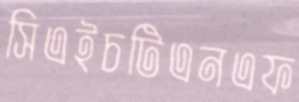
সিএইচটিএনএফ